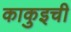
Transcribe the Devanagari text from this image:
काकुइची